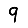
Digit: 9